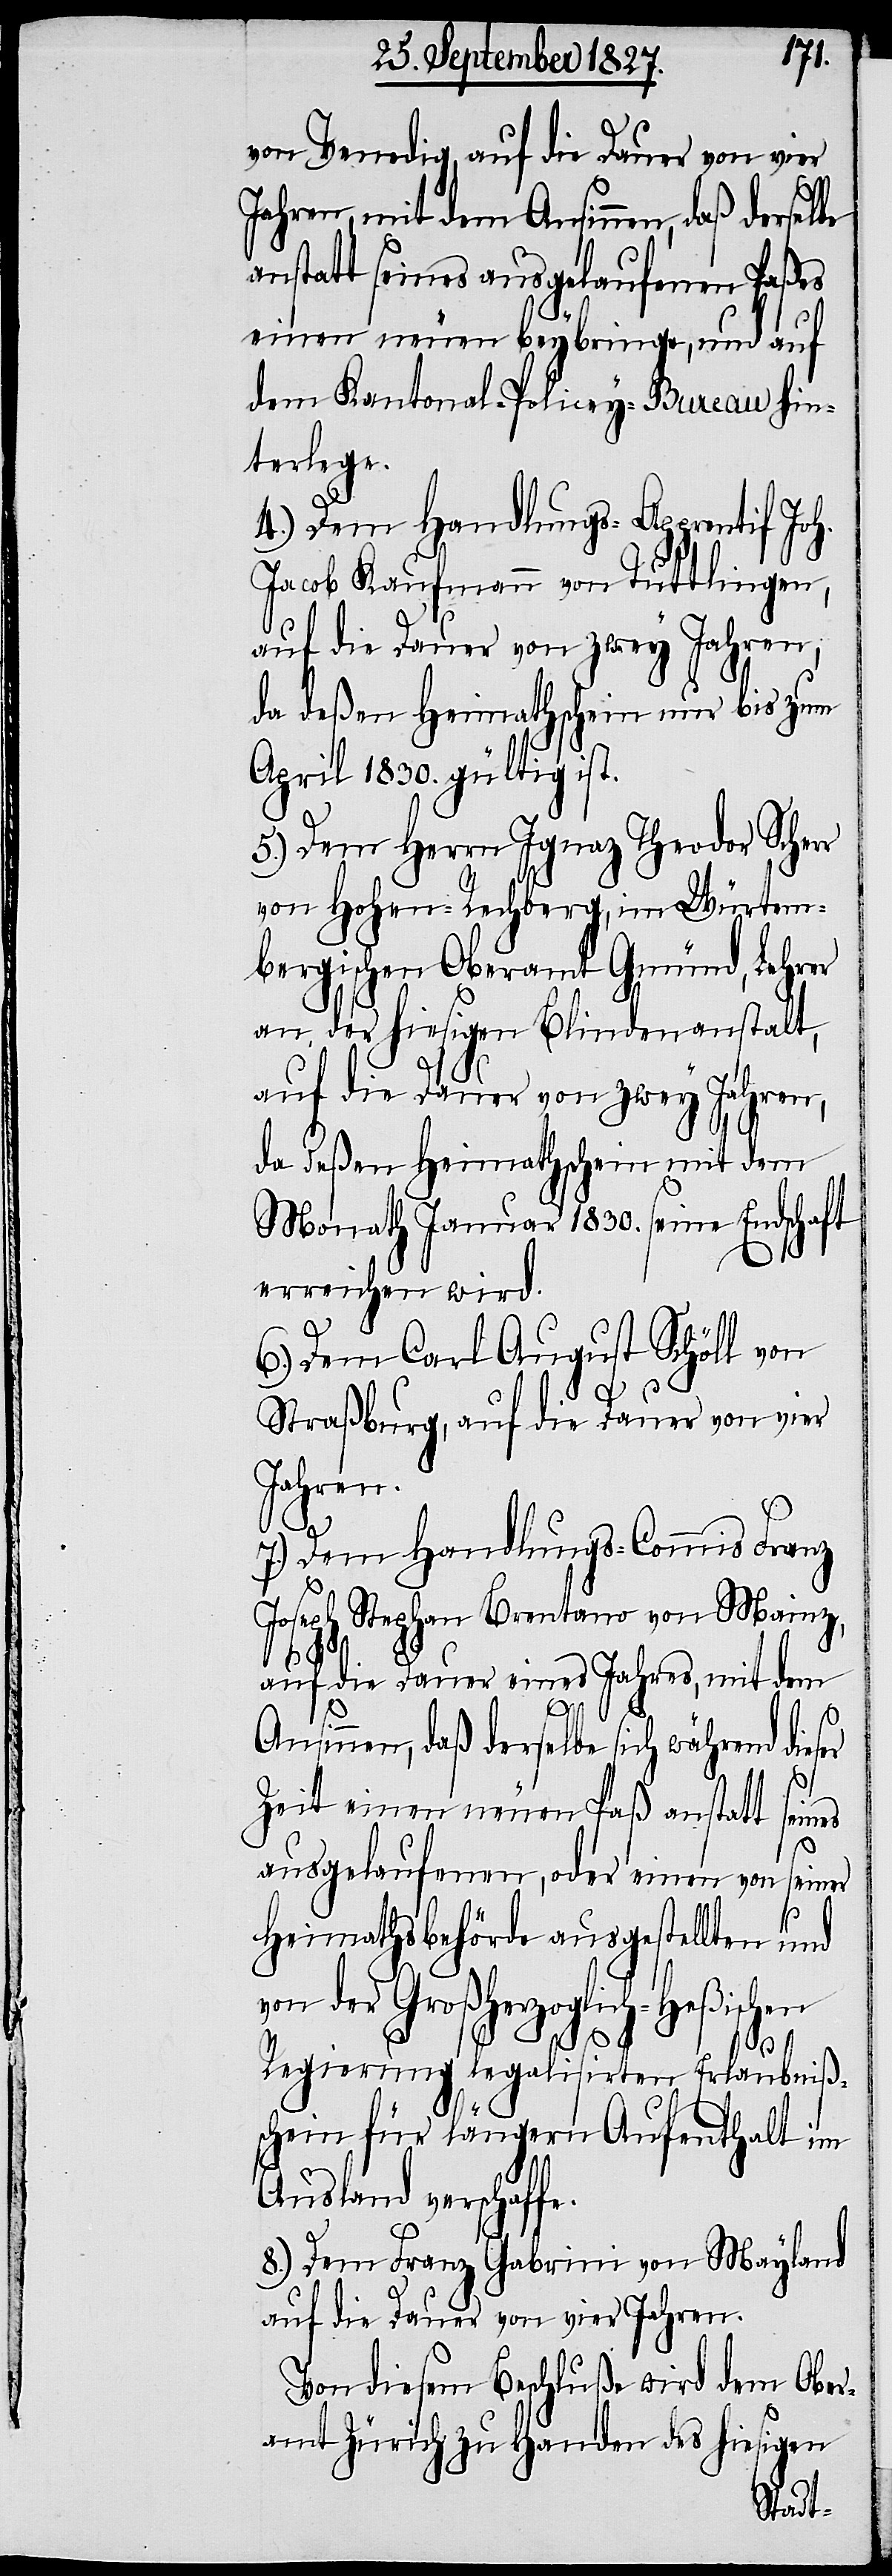
von Venedig, auf die Dauer von vier
e.
Jahren, mit dem Ansinnen, daß derselbe
anstatt seines ausgelaufenen Paßes
einen neuen beybringe, und auf
dem Kantonal-Policey-Bureau hin¬
terlege.
4.) Dem Handlungs-Apprentif Joh.
Jacob Kaufmann von Tuttlingen,
auf die Dauer von zwey Jahren,
da deßen Heimathschein nur bis zum
April 1830. gültig ist.
5.) Dem Herrn Ignaz Theodor Scherr
von Hohen-Rechberg, im Würtem¬
bergischen Oberamt Gmünd, Lehrer
an der hiesigen Blindenanstalt,
auf die Dauer von zwey Jahren,
da deßen Heimathschein mit dem
Monath Januar 1830. seine Endschaft
erreichen wird.
6.) Dem Carl August Schöll von
Straßburg, auf die Dauer von vier
Jahren.
7.) Dem Handlungs-Commis Franz
Joseph Stephan Brentano von Mainz,
auf die Dauer eines Jahres, mit dem
Ansinnen, daß derselbe sich während dies¬
Zeit einen neuen Paß anstatt sein¬
ausgelaufenen, oder einen von seiner
Heimathsbehörde ausgestellten und
on der Großherzoglich-Heßischen
Regierung legalisirten Erlaubniß¬
schein für längern Aufenthalt im
Ausland verschaff¬
8.) Dem Franz Gabrini von Mayland
auf die Dauer von vier Jahren.
Von diesem Beschluße wird dem Ober¬
amt Zürich zu Handen des hiesigen